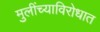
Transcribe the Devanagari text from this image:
मुलींच्याविरोधात